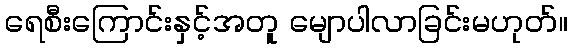
ရေစီးကြောင်းနှင့်အတူ မျောပါလာခြင်းမဟုတ်။